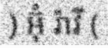
) អ៊ុំ រ៉ាវី (